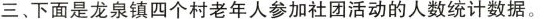
三、下面是龙泉镇四个村老年人参加社团活动的人数统计数据。